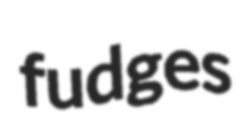
fudges